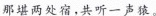
那堪两处宿，共听一声猿。